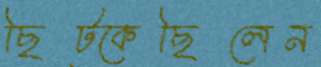
ছিট্‌কেছিলেন